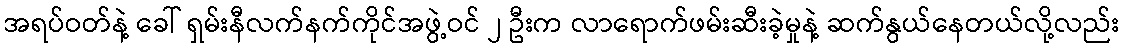
အရပ်ဝတ်နဲ့ ခေါ် ရှမ်းနီလက်နက်ကိုင်အဖွဲ့ဝင် ၂ ဦးက လာရောက်ဖမ်းဆီးခဲ့မှုနဲ့ ဆက်နွယ်နေတယ်လို့လည်း